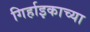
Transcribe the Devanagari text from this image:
गिर्हाइकाच्या